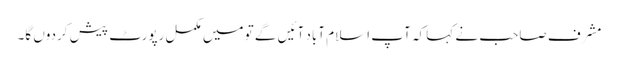
مشرف صاحب نے کہا کہ آپ اسلام آباد آئیں گے تو میں مکمل رپورٹ پیش کردوں گا۔